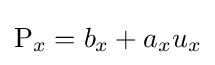
\mathrm {P} _{x}=b_{x}+a_{x}u_{x}\,\!